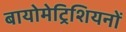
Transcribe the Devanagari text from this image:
बायोमेट्रिशियनों